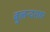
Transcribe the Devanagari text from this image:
बुलन्‍दशहर